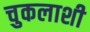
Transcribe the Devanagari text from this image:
चुकलाशी